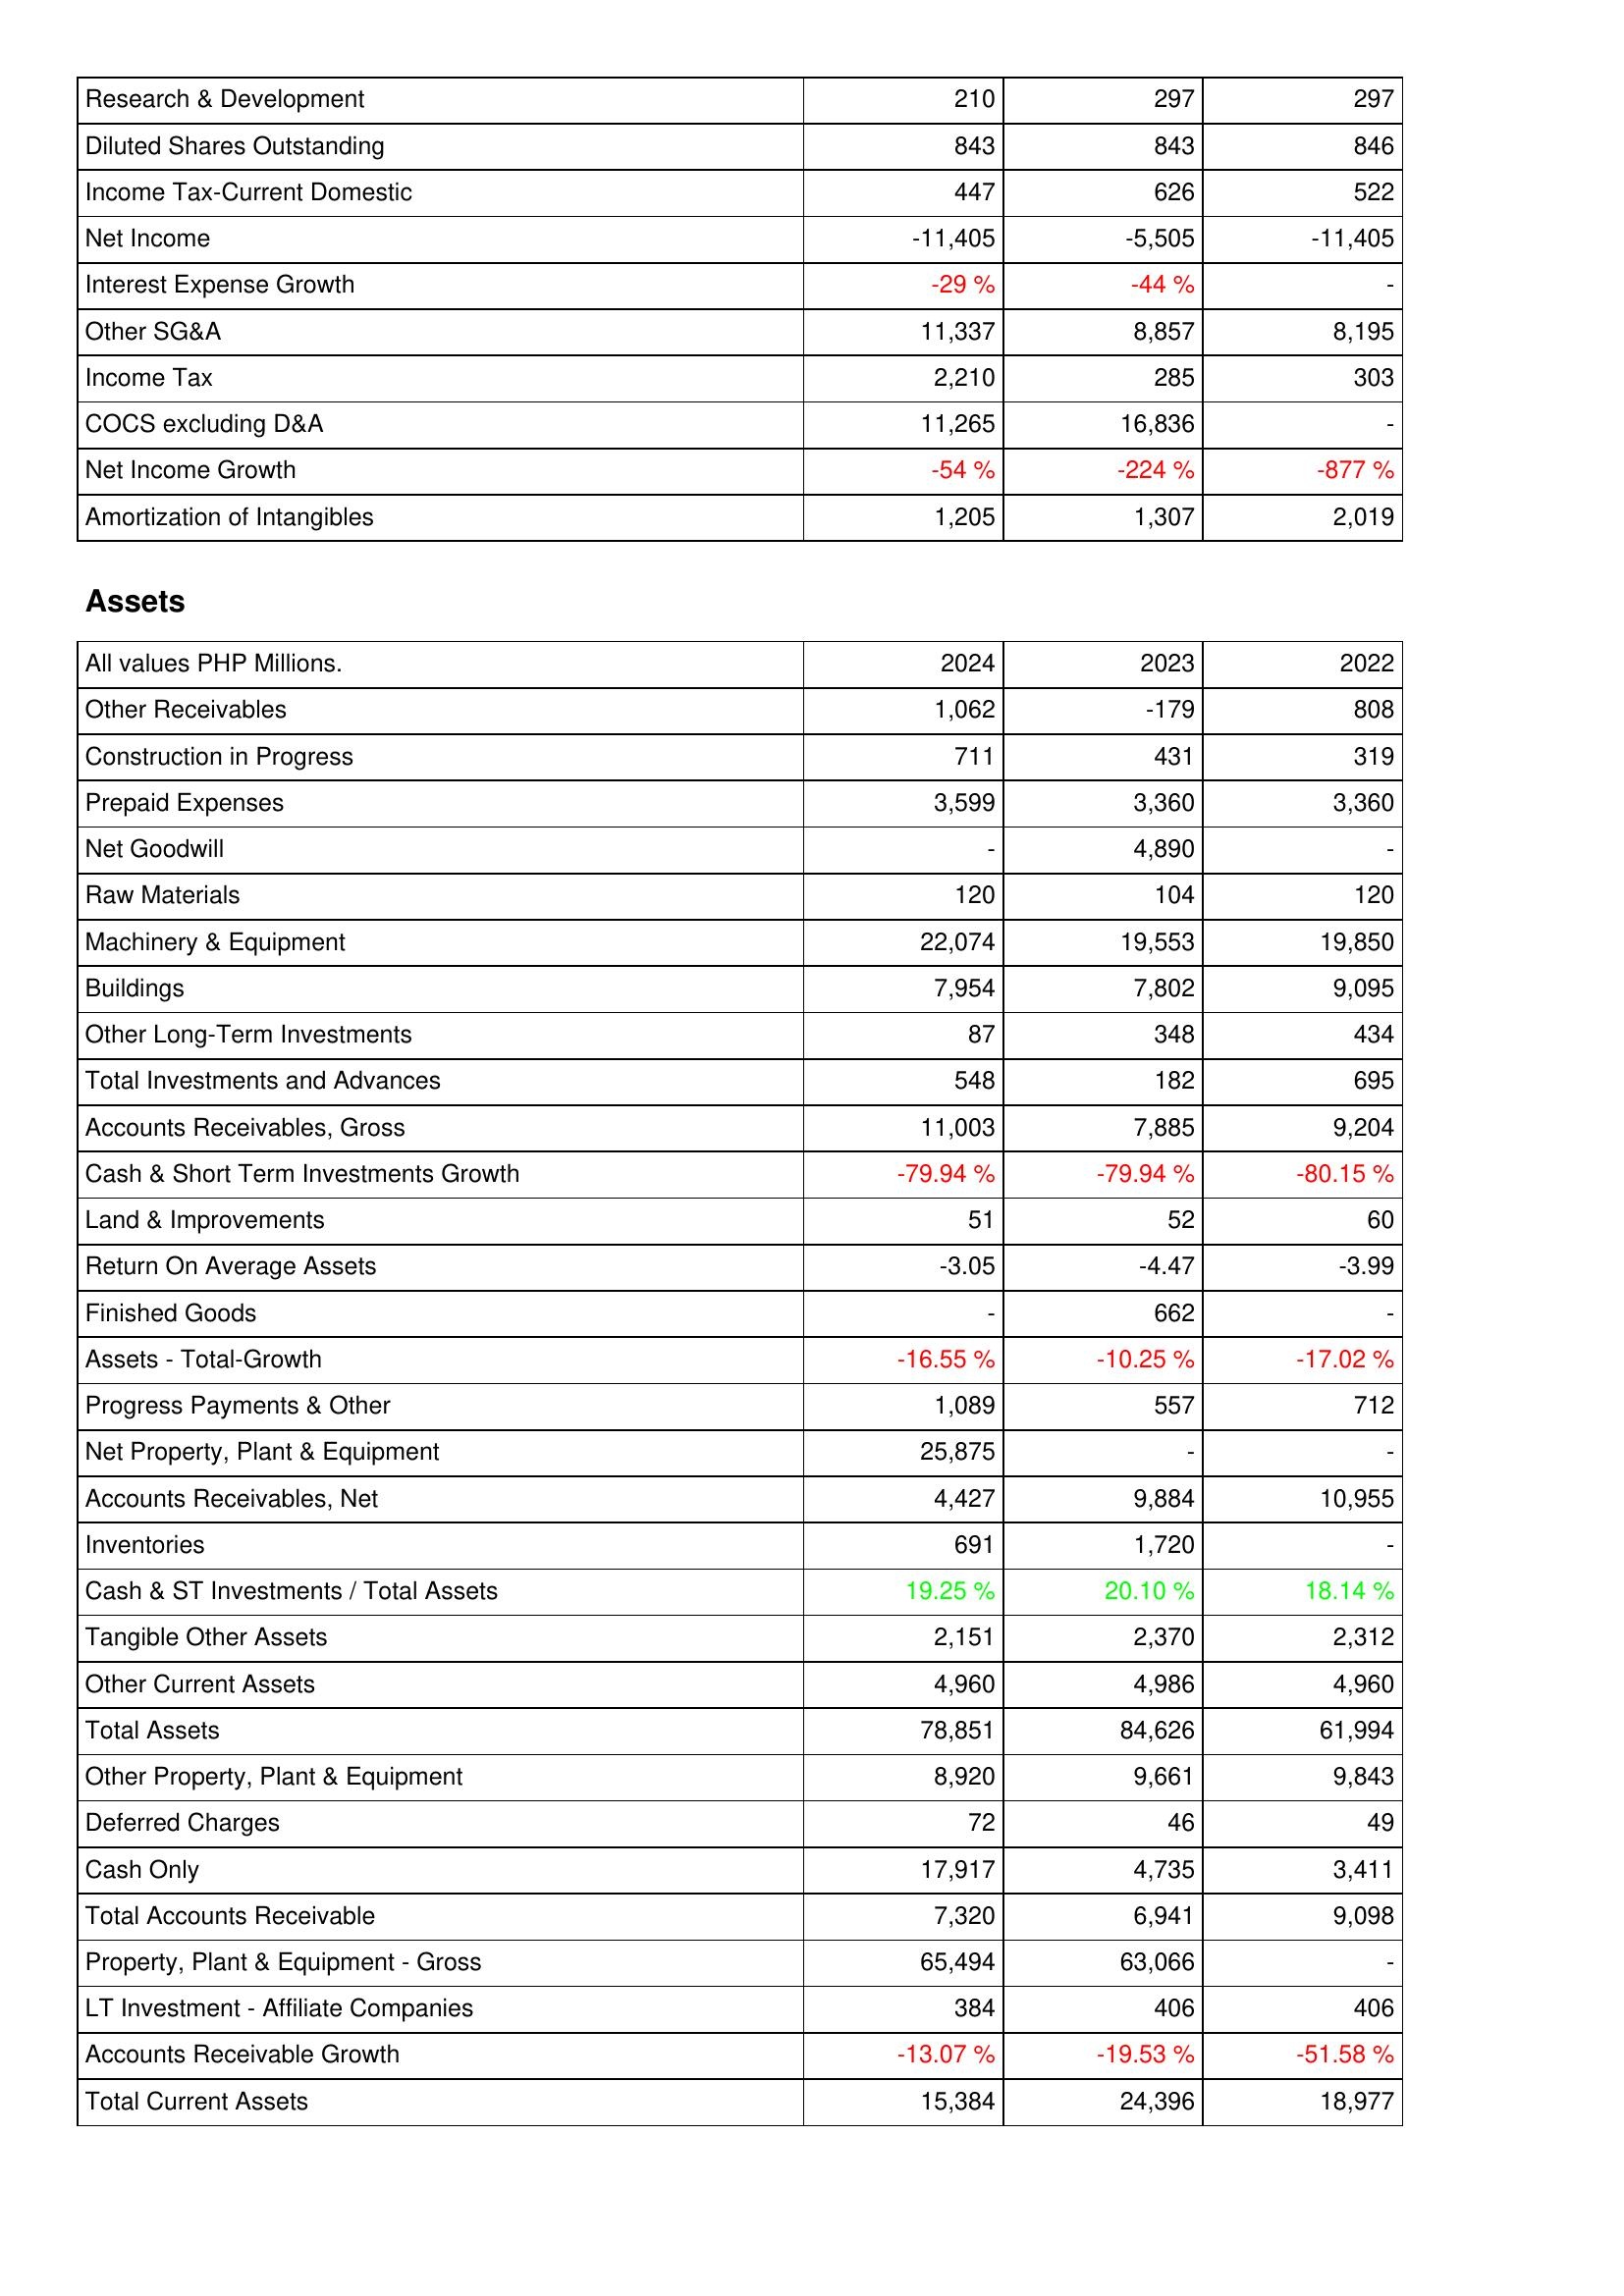
2024: Income Statement: Research & Development: 210
Diluted Shares Outstanding: 843
Income Tax-Current Domestic: 447
Net Income: -11,405
Interest Expense Growth: -29 %
Other SG&A: 11,337
Income Tax: 2,210
COCS excluding D&A: 11,265
Net Income Growth: -54 %
Amortization of Intangibles: 1,205
Assets: Other Receivables: 1,062
Construction in Progress: 711
Prepaid Expenses: 3,599
Net Goodwill: -
Raw Materials: 120
Machinery & Equipment: 22,074
Buildings: 7,954
Other Long-Term Investments: 87
Total Investments and Advances: 548
Accounts Receivables, Gross: 11,003
Cash & Short Term Investments Growth: -79.94 %
Land & Improvements: 51
Return On Average Assets: -3.05
Finished Goods: -
Assets - Total-Growth: -16.55 %
Progress Payments & Other: 1,089
Net Property, Plant & Equipment: 25,875
Accounts Receivables, Net: 4,427
Inventories: 691
Cash & ST Investments / Total Assets: 19.25 %
Tangible Other Assets: 2,151
Other Current Assets: 4,960
Total Assets: 78,851
Other Property, Plant & Equipment: 8,920
Deferred Charges: 72
Cash Only: 17,917
Total Accounts Receivable: 7,320
Property, Plant & Equipment - Gross: 65,494
LT Investment - Affiliate Companies: 384
Accounts Receivable Growth: -13.07 %
Total Current Assets: 15,384
2023: Income Statement: Research & Development: 297
Diluted Shares Outstanding: 843
Income Tax-Current Domestic: 626
Net Income: -5,505
Interest Expense Growth: -44 %
Other SG&A: 8,857
Income Tax: 285
COCS excluding D&A: 16,836
Net Income Growth: -224 %
Amortization of Intangibles: 1,307
Assets: Other Receivables: -179
Construction in Progress: 431
Prepaid Expenses: 3,360
Net Goodwill: 4,890
Raw Materials: 104
Machinery & Equipment: 19,553
Buildings: 7,802
Other Long-Term Investments: 348
Total Investments and Advances: 182
Accounts Receivables, Gross: 7,885
Cash & Short Term Investments Growth: -79.94 %
Land & Improvements: 52
Return On Average Assets: -4.47
Finished Goods: 662
Assets - Total-Growth: -10.25 %
Progress Payments & Other: 557
Net Property, Plant & Equipment: -
Accounts Receivables, Net: 9,884
Inventories: 1,720
Cash & ST Investments / Total Assets: 20.10 %
Tangible Other Assets: 2,370
Other Current Assets: 4,986
Total Assets: 84,626
Other Property, Plant & Equipment: 9,661
Deferred Charges: 46
Cash Only: 4,735
Total Accounts Receivable: 6,941
Property, Plant & Equipment - Gross: 63,066
LT Investment - Affiliate Companies: 406
Accounts Receivable Growth: -19.53 %
Total Current Assets: 24,396
2022: Income Statement: Research & Development: 297
Diluted Shares Outstanding: 846
Income Tax-Current Domestic: 522
Net Income: -11,405
Interest Expense Growth: -
Other SG&A: 8,195
Income Tax: 303
COCS excluding D&A: -
Net Income Growth: -877 %
Amortization of Intangibles: 2,019
Assets: Other Receivables: 808
Construction in Progress: 319
Prepaid Expenses: 3,360
Net Goodwill: -
Raw Materials: 120
Machinery & Equipment: 19,850
Buildings: 9,095
Other Long-Term Investments: 434
Total Investments and Advances: 695
Accounts Receivables, Gross: 9,204
Cash & Short Term Investments Growth: -80.15 %
Land & Improvements: 60
Return On Average Assets: -3.99
Finished Goods: -
Assets - Total-Growth: -17.02 %
Progress Payments & Other: 712
Net Property, Plant & Equipment: -
Accounts Receivables, Net: 10,955
Inventories: -
Cash & ST Investments / Total Assets: 18.14 %
Tangible Other Assets: 2,312
Other Current Assets: 4,960
Total Assets: 61,994
Other Property, Plant & Equipment: 9,843
Deferred Charges: 49
Cash Only: 3,411
Total Accounts Receivable: 9,098
Property, Plant & Equipment - Gross: -
LT Investment - Affiliate Companies: 406
Accounts Receivable Growth: -51.58 %
Total Current Assets: 18,977